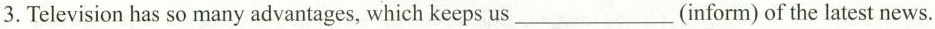
3. Television has so many advantages, which keeps us ___ (inform) of the latest news.